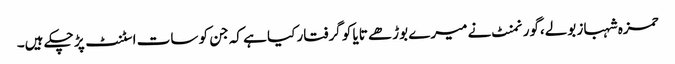
حمزہ شہباز بولے،گورنمنٹ نے میرے بوڑھے تایا کو گرفتار کیا ہے کہ جن کو سات اسٹنٹ پڑ چکے ہیں۔